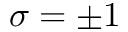
\sigma = \pm 1